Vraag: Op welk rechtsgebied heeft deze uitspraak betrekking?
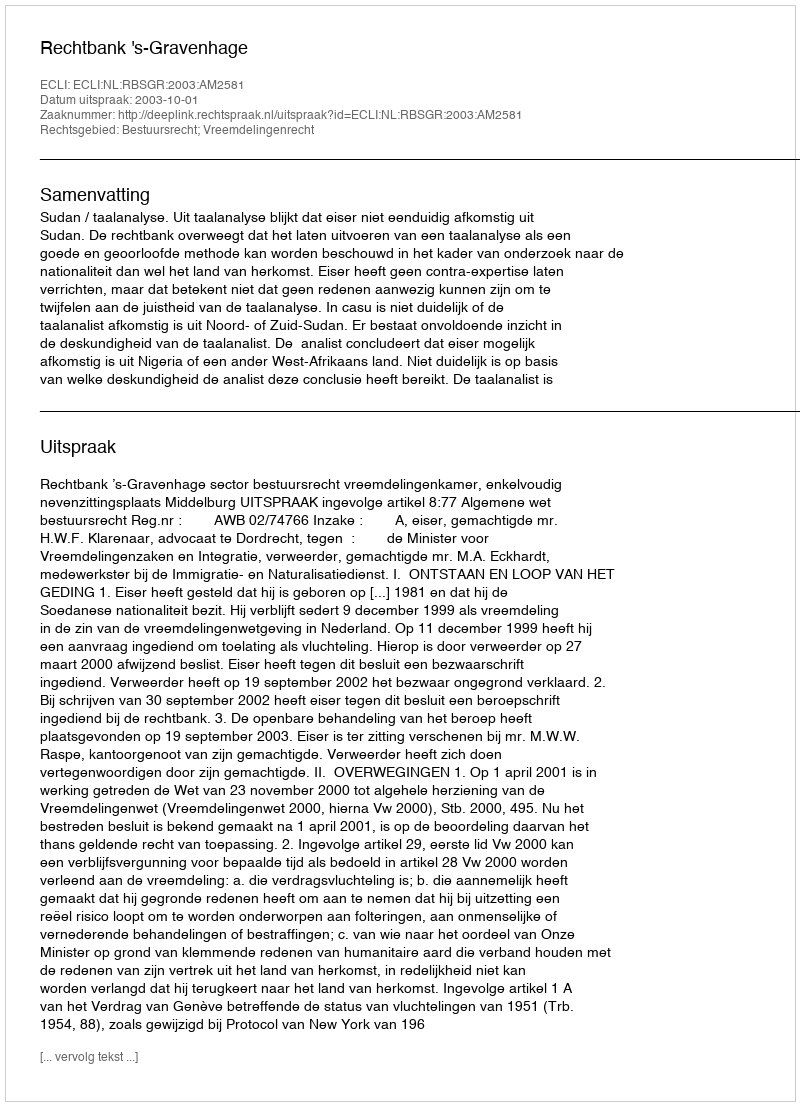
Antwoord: Bestuursrecht; Vreemdelingenrecht